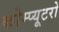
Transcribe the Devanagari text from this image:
कोम्प्यूटरो